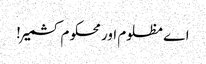
اے مظلوم اور محکوم کشمیر!